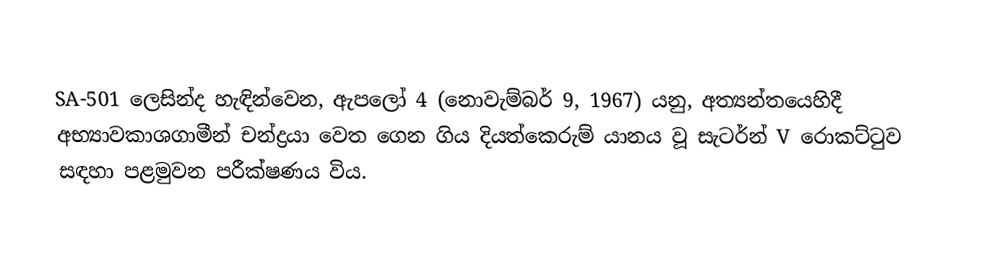
SA-501 ලෙසින්ද හැඳින්වෙන,  ඇපලෝ 4 (නොවැම්බර් 9, 1967) යනු, අත්‍යන්තයෙහිදී අභ්‍යාවකාශගාමීන් චන්ද්‍රයා වෙත ගෙන ගිය දියත්කෙරුම් යානය වූ  සැටර්න් V රොකට්ටුව සඳහා පළමුවන පරීක්ෂණය විය.